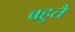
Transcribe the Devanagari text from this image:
बहुतै